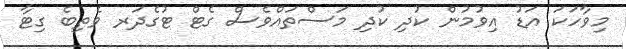
މިވާހަކަ އަޑު އިވުމުން ކުދި ކުދި މަސްތައްވެސް ގެޓް ޓުގެދަރ ވެތިބެ ގިޓާ